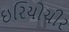
ઇરિયોચીર